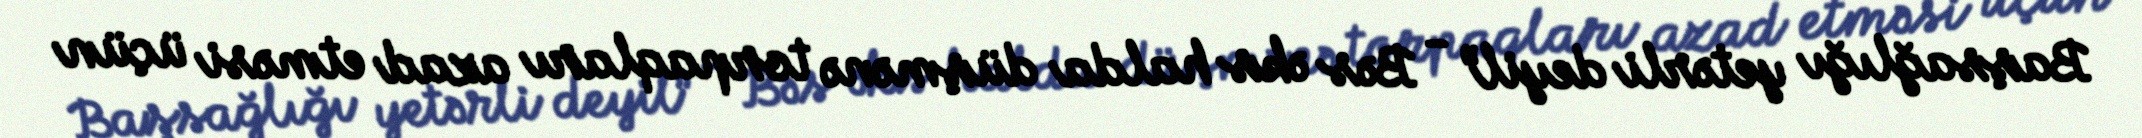
Başsağlığı yetərli deyil” - Bəs əks halda düşmənə torpaqları azad etməsi üçün